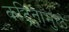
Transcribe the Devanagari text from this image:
कट्रिनामुळे